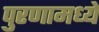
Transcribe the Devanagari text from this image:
पुरणामध्ये